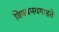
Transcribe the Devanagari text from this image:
विषयमवगाहते